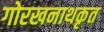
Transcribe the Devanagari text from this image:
गोरखनाथकृत